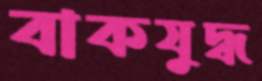
বাকযুদ্ধ